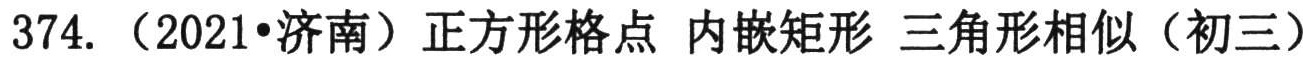
374.（2021•济南）正方形格点 内嵌矩形 三角形相似（初三）